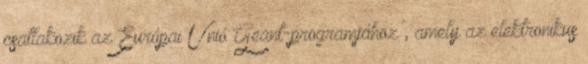
csatlakozik az Európai Unió Geant-programjához , amely az elektronikus